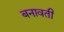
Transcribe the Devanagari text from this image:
बनावती